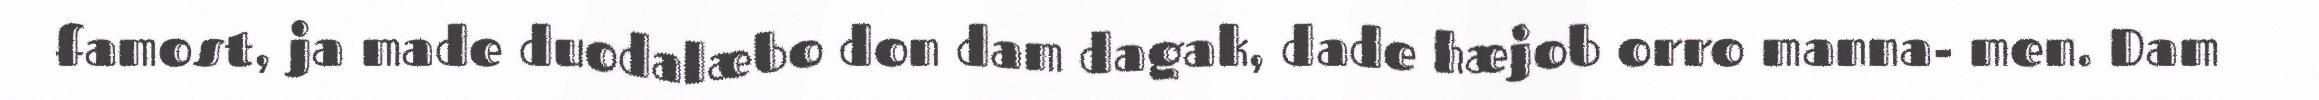
famost, ja made duodalæbo don dam dagak, dade hæjob orro manna- men. Dam